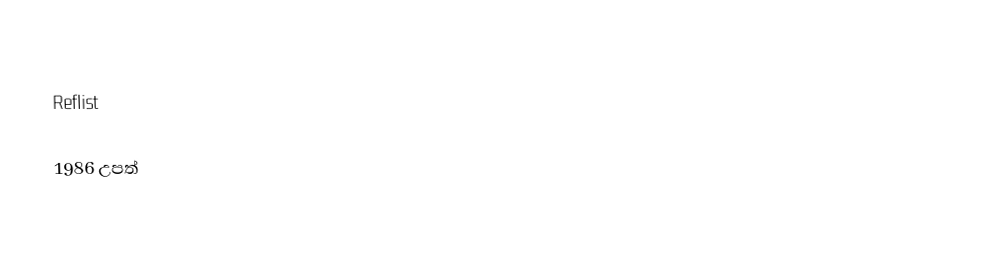

Reflist

1986 උපත්